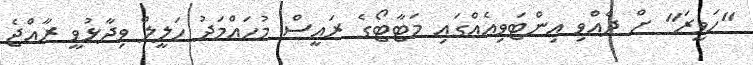
"ހަވީރަ" ށް ދެއްވި އިންޓަވިއެއްގައި މަޓާޓޯގެ ރައީސް މުހައްމަދު ހަލީލް ވިދާޅުވީ ރާއްޖެ